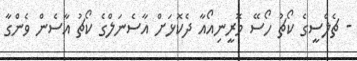
- ޗެލްސީގެ ކޯޗު ހޯސޭ މޮރީނިއޯއާ ދެކޮޅަށް އާސެނަލްގެ ކޯޗު އާސެން ވެންގާ